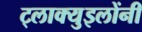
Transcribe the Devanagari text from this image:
ट्लाक्युइलोंनी